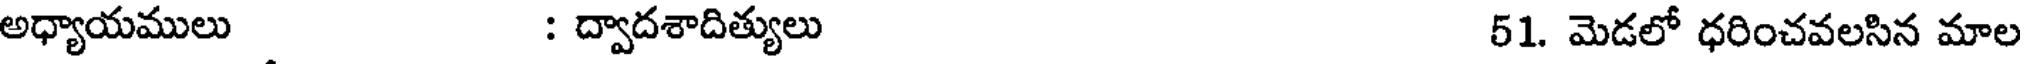
అధ్యాయములు : ద్వాదశాదిత్యులు 51. మెడలో ధరించవలసిన మాల